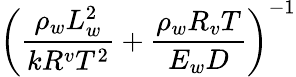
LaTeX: \left(\frac{\rho_{w}L_{w}^{2}}{kR^{v}T^{2}}+\frac{\rho_{w}R_{v}T}{E_{w}D}\right)^{-1}